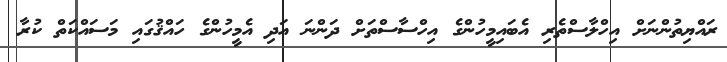
ރައްޔިތުންނަށް އިހްލާސްތެރި އެބައިމީހުންގެ އިހްސާސްތަށް ދަންނަ އަދި އެމީހުންގެ ހައްޤުގައި މަސައްކަތް ކުރާ